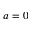
a = 0